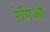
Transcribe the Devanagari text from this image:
रेगिओ